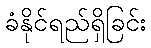
ခံနိုင်ရည်ရှိခြင်း